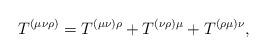
LaTeX: \begin{align*}T^{(\mu \nu \rho )}=T^{(\mu \nu )\rho }+T^{(\nu \rho )\mu}+T^{(\rho \mu )\nu },\end{align*}